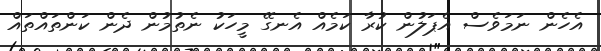
އެހެން ނަމަވެސް އެޕަލުުން ކުރާ ކަމެއް އެނގޭ މީހަކު ނެތުމުން ދެން ކަންތައްތައް